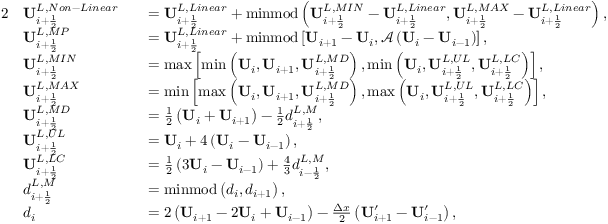
\begin{array} { r l r l } { { 2 } } & { \mathbf { U } _ { i + \frac { 1 } { 2 } } ^ { L , N o n - L i n e a r } } & & { = \mathbf { U } _ { i + \frac { 1 } { 2 } } ^ { L , L i n e a r } + \mathrm { m i n m o d } \left( \mathbf { U } _ { i + \frac { 1 } { 2 } } ^ { L , M I N } - \mathbf { U } _ { i + \frac { 1 } { 2 } } ^ { L , L i n e a r } , \mathbf { U } _ { i + \frac { 1 } { 2 } } ^ { L , M A X } - \mathbf { U } _ { i + \frac { 1 } { 2 } } ^ { L , L i n e a r } \right) , } \\ & { \mathbf { U } _ { i + \frac { 1 } { 2 } } ^ { L , M P } } & & { = \mathbf { U } _ { i + \frac { 1 } { 2 } } ^ { L , L i n e a r } + \mathrm { m i n m o d } \left[ \mathbf { U } _ { i + 1 } - \mathbf { U } _ { i } , \mathscr { A } \left( \mathbf { U } _ { i } - \mathbf { U } _ { i - 1 } \right) \right] , } \\ & { \mathbf { U } _ { i + \frac { 1 } { 2 } } ^ { L , M I N } } & & { = \operatorname* { m a x } \left[ \operatorname* { m i n } \left( \mathbf { U } _ { i } , \mathbf { U } _ { i + 1 } , \mathbf { U } _ { i + \frac { 1 } { 2 } } ^ { L , M D } \right) , \operatorname* { m i n } \left( \mathbf { U } _ { i } , \mathbf { U } _ { i + \frac { 1 } { 2 } } ^ { L , U L } , \mathbf { U } _ { i + \frac { 1 } { 2 } } ^ { L , L C } \right) \right] , } \\ & { \mathbf { U } _ { i + \frac { 1 } { 2 } } ^ { L , M A X } } & & { = \operatorname* { m i n } \left[ \operatorname* { m a x } \left( \mathbf { U } _ { i } , \mathbf { U } _ { i + 1 } , \mathbf { U } _ { i + \frac { 1 } { 2 } } ^ { L , M D } \right) , \operatorname* { m a x } \left( \mathbf { U } _ { i } , \mathbf { U } _ { i + \frac { 1 } { 2 } } ^ { L , U L } , \mathbf { U } _ { i + \frac { 1 } { 2 } } ^ { L , L C } \right) \right] , } \\ & { \mathbf { U } _ { i + \frac { 1 } { 2 } } ^ { L , M D } } & & { = \frac { 1 } { 2 } \left( \mathbf { U } _ { i } + \mathbf { U } _ { i + 1 } \right) - \frac { 1 } { 2 } d _ { i + \frac { 1 } { 2 } } ^ { L , M } , } \\ & { \mathbf { U } _ { i + \frac { 1 } { 2 } } ^ { L , U L } } & & { = \mathbf { U } _ { i } + 4 \left( \mathbf { U } _ { i } - \mathbf { U } _ { i - 1 } \right) , } \\ & { \mathbf { U } _ { i + \frac { 1 } { 2 } } ^ { L , L C } } & & { = \frac { 1 } { 2 } \left( 3 \mathbf { U } _ { i } - \mathbf { U } _ { i - 1 } \right) + \frac { 4 } { 3 } d _ { i - \frac { 1 } { 2 } } ^ { L , M } , } \\ & { d _ { i + \frac { 1 } { 2 } } ^ { L , M } } & & { = \mathrm { m i n m o d } \left( d _ { i } , d _ { i + 1 } \right) , } \\ & { d _ { i } } & & { = 2 \left( \mathbf { U } _ { i + 1 } - 2 \mathbf { U } _ { i } + \mathbf { U } _ { i - 1 } \right) - \frac { \Delta x } { 2 } \left( \mathbf { U } _ { i + 1 } ^ { \prime } - \mathbf { U } _ { i - 1 } ^ { \prime } \right) , } \end{array}